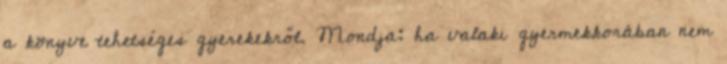
a könyve tehetséges gyerekekről. Mondja: ha valaki gyermekkorában nem